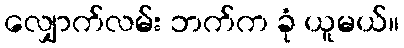
လျှောက်လမ်း ဘက်က ခုံ ယူမယ်။